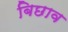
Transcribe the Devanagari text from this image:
बिछाव